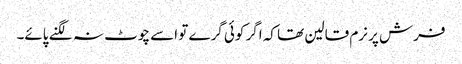
فرش پر نرم قالین تھا کہ اگر کوئی گرے تو اسے چوٹ نہ لگنے پائے۔